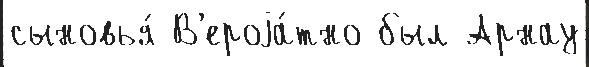
сыновья́ В'ероjа́тно был Арнау